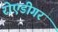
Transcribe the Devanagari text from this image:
रोएडीगर